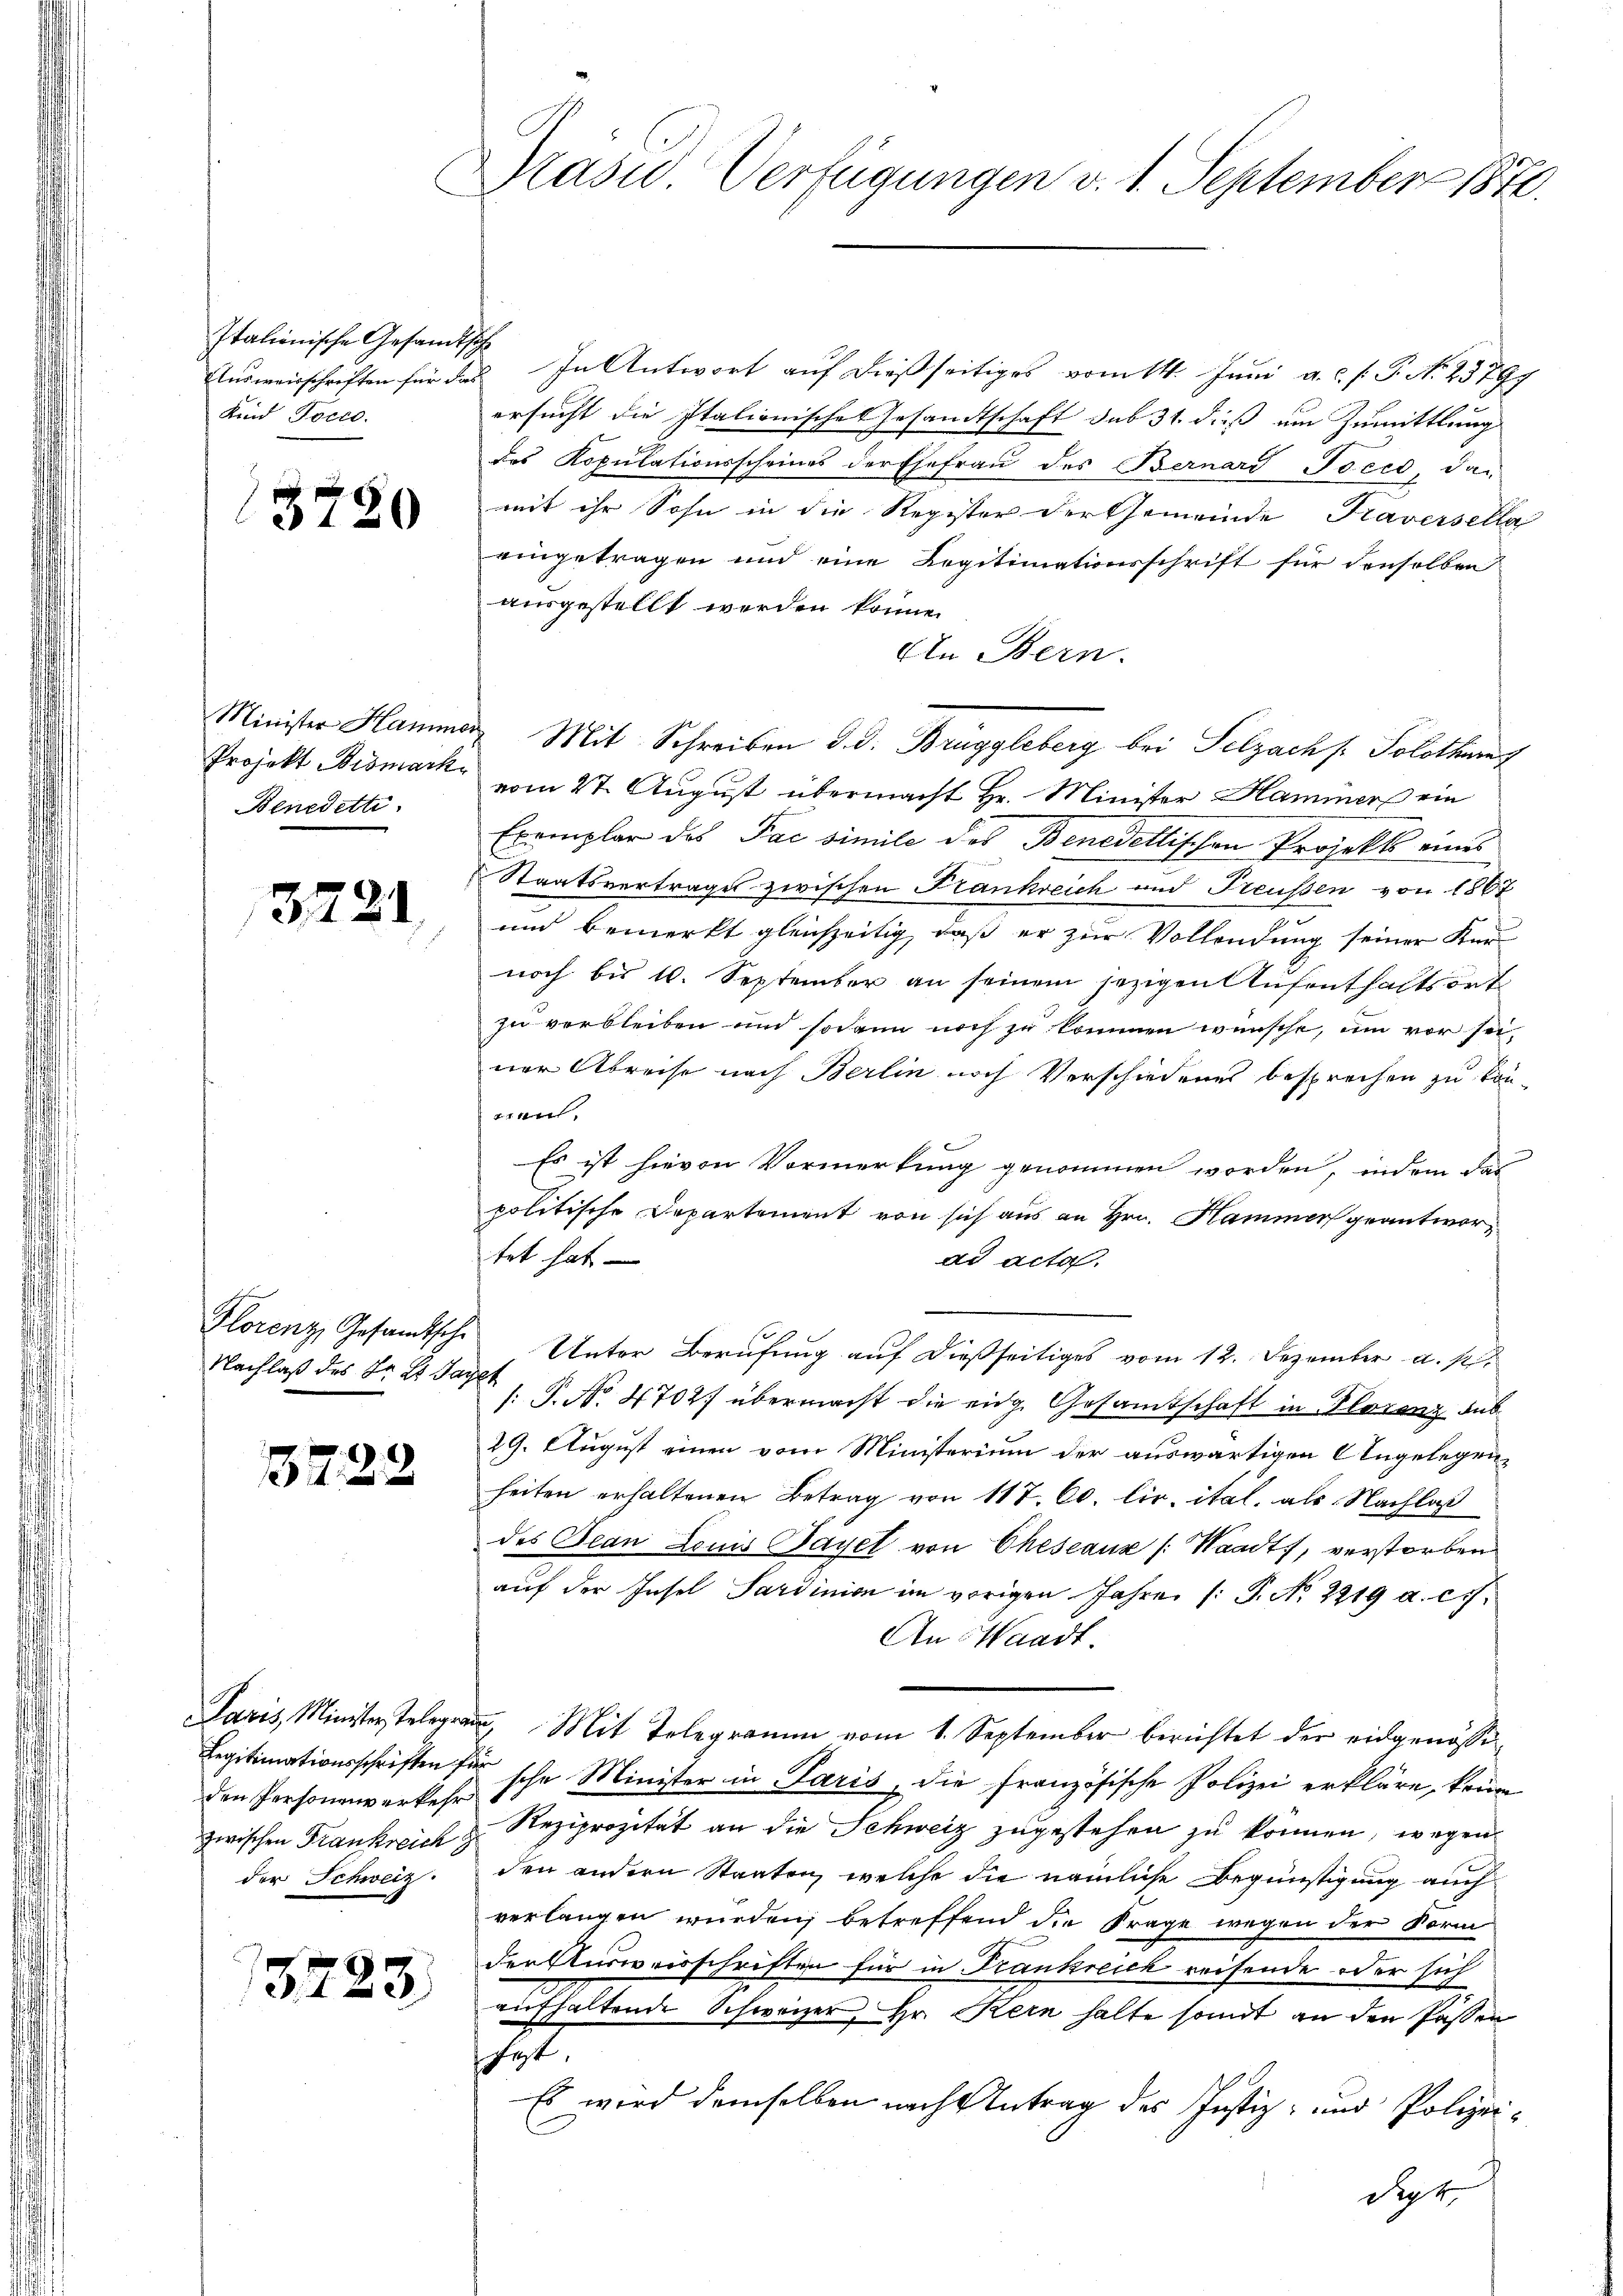
Italienische Gesandtsc
Ensweisschriften für das
Kind Docto

3780

Minister Hamm
Projekt Bismark
Benedetti.

325

21

Florenz, Gesandtsche
Nachlaß des Sr. Es Jag

5722

Paris, Minister Telegrau
Legitimationsschriften für
den Personenverkehr
zwischen Frankreich
der Schweiz.

37.

23

Präsid Verfügungen v. 1. September 1870.

In Antwort auf dießseitiges vom 14. Juni a.c. s. P. No. 23797
ersucht die Italionisches Gesandtschaft das 31. dieß um Zumittlung
des Kopulationsscheines der Ehefrau des Bernard Jocco, dan
mit ihr Sohn in die Register der Gemeinde Kaversella
eingetragen und eine Legitimationsschrift für denselben
ausgestellt werden könne.
AIn Bern.
vom 27. August übermacht Hr. Minister Hammers ein
Exemplar das Pac simile des Benedellischen Projekts eines
Staatsvertrages zwischen Frankreich und Treussen von 1867
und bemerkt gleichzeitig, daß er zur Vollendung seiner Ker
noch bis 10. September an seinem jezigen Aufenthaltsort
zu verbleiben und sodann noch zu kommen wünsche, um vor seiner Abreise nach Berlin noch Verschiedenes besprochen zu könv. 4. Sehe
.
Es ist hievon Vormerkung genommen worden, indem das
politische Departement von sich aus an Hrn. Hammer geantwortet hat
ad acta.
Unter Berufung auf dießseitiges vom 12. Dezember a. p.
/: P. No. 4702) übermacht die eidg. Gesamtschaft in Florenz dub
29. August einen vom Ministerium der auswärtigen Angelegenheiten erhaltenen Betrag von 117. 60. lic. ital, als Nachlaß
des Bean Louis Bayer von Cheseaux (Waadt, verstorben
auf der Insel Sardinien im vorigen Jahre (: P. No. 2219 a. c.
An Waadt.
3. Mit Telegramm vom 1. September berichtet der eidgenössi
sche Minister in Paris, die französische Polizei erkläre, kann
Reziprozität an die Schweiz zugestehen zu können, wegen
den andern Staaten, welche die nämliche Begünstigung auch
verlangen wurden, betreffend die Frage wegen der Form
der Ausweisschriften für in Frankreich reisende oder sich
aufhaltende Schweizer, Hr. Kern halte somit an den Passen
fest,
Es wird demselben nach Antrag des Justiz- und Polizeidige

Mit Schreiben d. d. Bruggleberg bei Pelzach Solothur